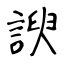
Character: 諛